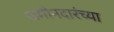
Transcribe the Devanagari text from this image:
जमीनदारंच्या